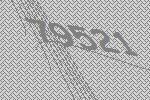
79521